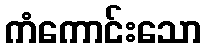
ကံကောင်းသော